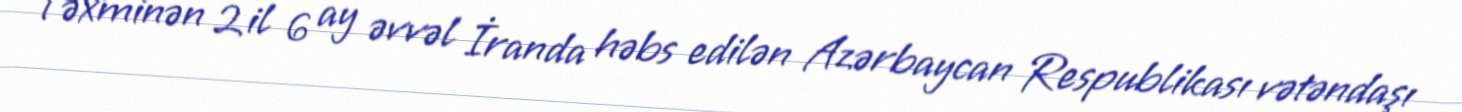
Təxminən 2 il 6 ay əvvəl İranda həbs edilən Azərbaycan Respublikası vətəndaşı